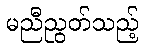
မညီညွတ်သည့်